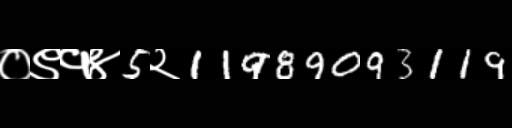
Text: ०९१४5२11989093119